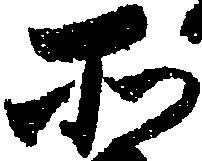
そ